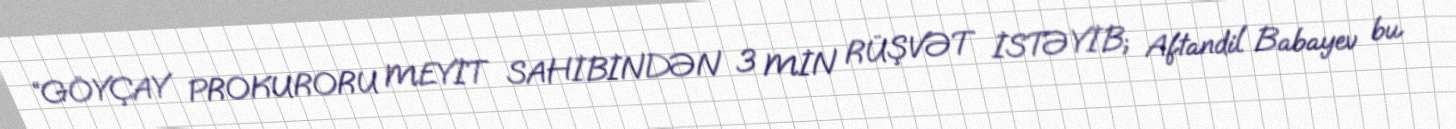
“GÖYÇAY PROKURORU MEYİT SAHİBİNDƏN 3 MİN RÜŞVƏT İSTƏYİB; Aftandil Babayev bu